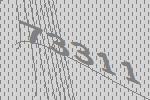
73311